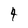
Character: 4